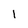
Character: l